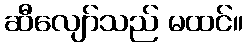
ဆီလျော်သည် မထင်။